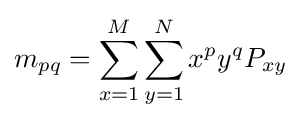
m_{pq}=\sum _{x=1}^{M}\sum _{y=1}^{N}x^{p}y^{q}P_{xy}